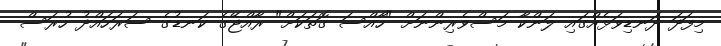
މިފަދަ ދަނޑިވަޅެއްގައި ލަންކާ މަސްވެރިންނަށް "ހާއްސަ ގޮތަކަށް" ރާއްޖޭގެ ކަނޑުގެ ސަރަހައްދު ހުރަސް